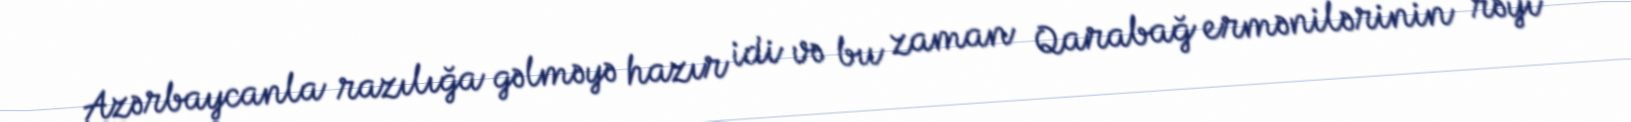
Azərbaycanla razılığa gəlməyə hazır idi və bu zaman Qarabağ ermənilərinin rəyi